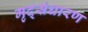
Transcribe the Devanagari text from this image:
मृद्‌संधारण